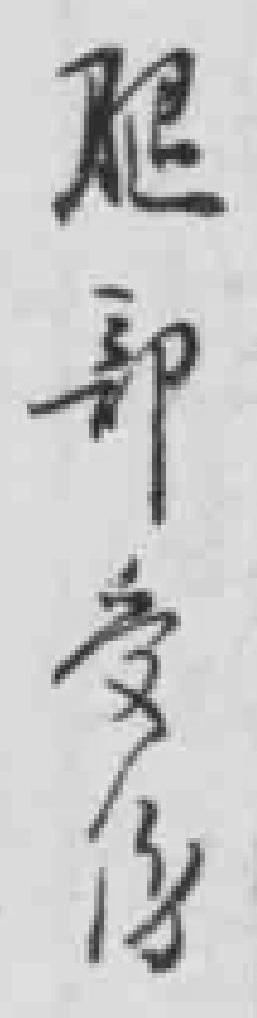
腿部受伤